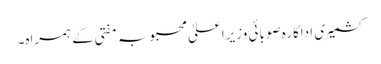
کشمیری اداکارہ صوبائی وزیراعلیٰ محبوبہ مفتی کے ہمراہ۔